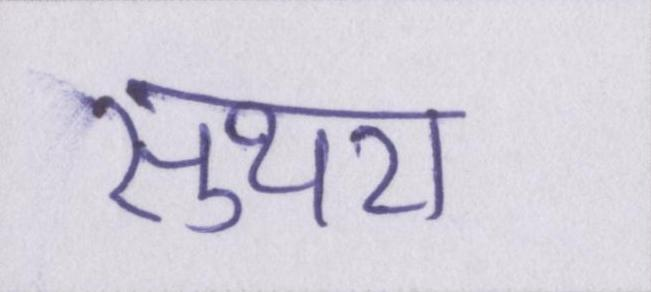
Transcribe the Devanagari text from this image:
सुथरा